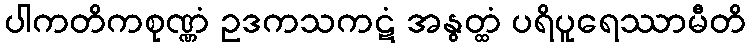
ပါကတိကစုဏ္ဏံ ဥဒကသကဋံ အနွတ္ထံ ပရိပူရေဿာမီတိ